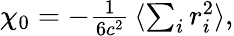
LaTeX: \begin{array}{r}{\chi_{0}=-\frac{1}{6c^{2}}\, \langle\sum_{i}r_{i}^{2}\rangle,}\end{array}